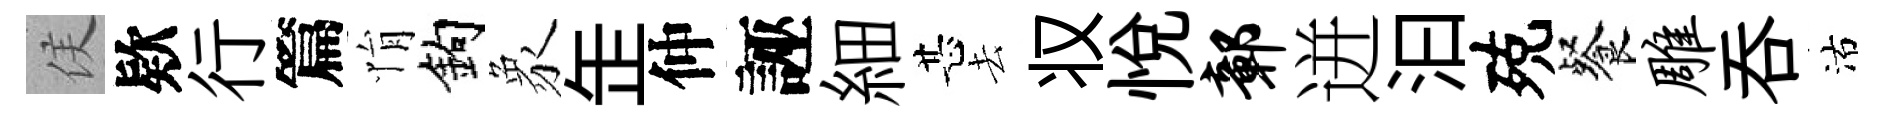
侯欵行篇悁鈎象𦈢仲誣細甚去𠬧悦鄣迸汩殑餐雕吞沽